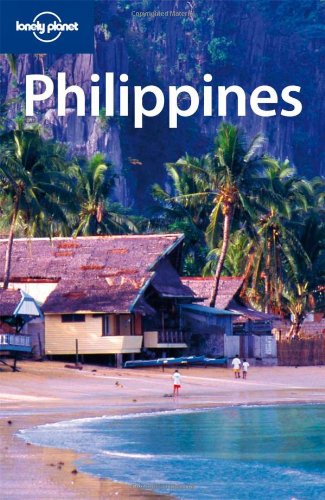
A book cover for Lonely Planet Philippines (Country Travel Guide); Greg Bloom; Travel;